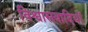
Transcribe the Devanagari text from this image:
विश्वासवादियों